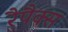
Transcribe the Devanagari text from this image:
रैपैक्स